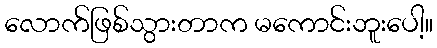
လောက်ဖြစ်သွားတာက မကောင်းဘူးပေါ့။